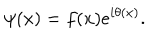
\psi ( x ) = f ( x ) e ^ { i \theta ( x ) } .